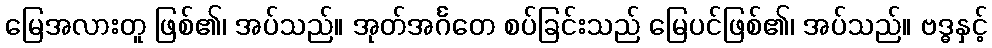
မြေအလားတူ ဖြစ်၏၊ အပ်သည်။ အုတ်အင်္ဂတေ စပ်ခြင်းသည် မြေပင်ဖြစ်၏၊ အပ်သည်။ ဗဒ္ဓနှင့်